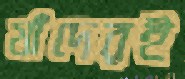
যাঁদেরই